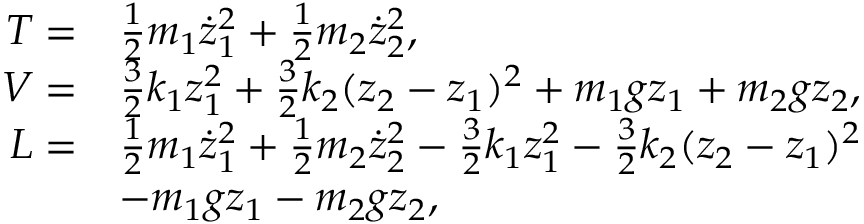
\begin{array} { r l } { T = } & { \frac { 1 } { 2 } m _ { 1 } \dot { z } _ { 1 } ^ { 2 } + \frac { 1 } { 2 } m _ { 2 } \dot { z } _ { 2 } ^ { 2 } , } \\ { V = } & { \frac { 3 } { 2 } k _ { 1 } z _ { 1 } ^ { 2 } + \frac { 3 } { 2 } k _ { 2 } ( z _ { 2 } - z _ { 1 } ) ^ { 2 } + m _ { 1 } g z _ { 1 } + m _ { 2 } g z _ { 2 } , } \\ { L = } & { \frac { 1 } { 2 } m _ { 1 } \dot { z } _ { 1 } ^ { 2 } + \frac { 1 } { 2 } m _ { 2 } \dot { z } _ { 2 } ^ { 2 } - \frac { 3 } { 2 } k _ { 1 } z _ { 1 } ^ { 2 } - \frac { 3 } { 2 } k _ { 2 } ( z _ { 2 } - z _ { 1 } ) ^ { 2 } } \\ & { - m _ { 1 } g z _ { 1 } - m _ { 2 } g z _ { 2 } , } \end{array}